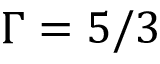
\Gamma = 5 / 3